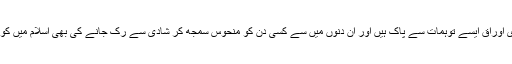
دین اسلام کے سنہری اوراق ایسے توہمات سے پاک ہیں اور ان دنوں میں سے کسی دن کو منحوس سمجھ کر شادی سے رک جانے کی بھی اسلام میں کوئی گنجائش نہیں ہے۔